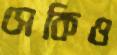
সেকিও